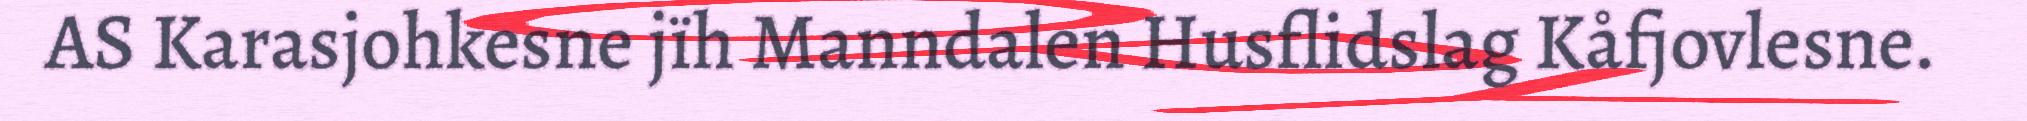
AS Karasjohkesne jïh Manndalen Husflidslag Kåfjovlesne.